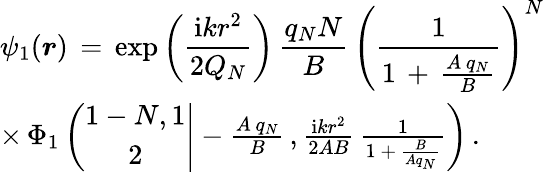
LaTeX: \begin{array}{l}{\displaystyle\psi_{1}(\boldsymbol{r})\, =\, \exp\left(\frac{\mathrm{i}kr^{2}}{2Q_{N}}\right)\, \frac{q_{N}N}{B}\, \left(\frac{1}{1\, +\, \frac{A\, q_{N}}{B}}\right)^{N}\, }\\ {\times\, \Phi_{1}\left(\left.\begin{array}{c}{1-N,1}\\ {2}\end{array}\right|-\frac{A\, q_{N}}{B}\, ,\frac{\mathrm{i}kr^{2}}{2AB}\, \frac 1{1\, +\, \frac B{Aq_{N}}}\right)\, .}\end{array}